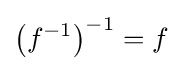
\left(f^{-1}\right)^{-1}=f